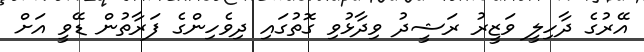
އޭރުގެ ދާހިލީ ވަޒީރު ރަޝީދު ވިދާޅުވި ގޮތުގައި ދިވެހިންގެ ފަރާތުން ޑޭވީ އަށް